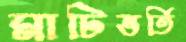
মাটিভর্তি